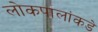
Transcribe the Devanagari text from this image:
लोकपालांकडे